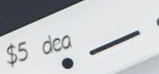
$5 deal